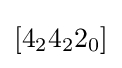
[4_{2}4_{2}2_{0}]